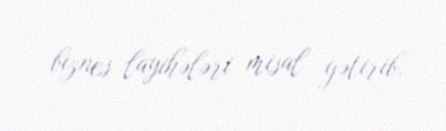
biznes layihələri misal gətirib.